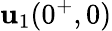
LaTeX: \mathbf{u}_{1}(0^{+},0)